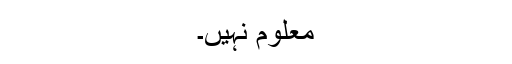
معلوم نہیں۔